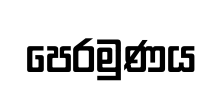
පෙරමුණය